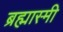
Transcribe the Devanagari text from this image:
ब्रह्मास्मी